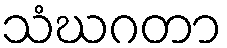
သံဃဂတာ